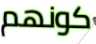
كونهم